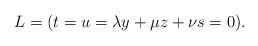
LaTeX: \begin{align*}L = (t = u = \lambda y + \mu z + \nu s = 0).\end{align*}